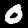
Label: 0